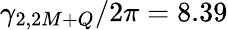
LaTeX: \gamma_{2,2M+Q}/2\pi=8.39